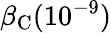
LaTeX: \beta_{\mathrm{C}}(10^{-9})